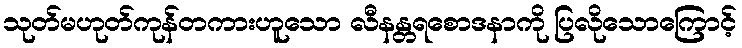
သုတ်မဟုတ်ကုန်တကားဟူသော လီနန္တရစောဒနာကို ပြလိုသောကြောင့်